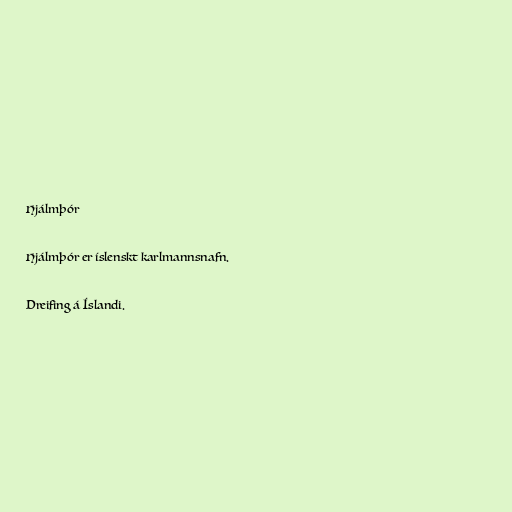
Hjálmþór

Hjálmþór er íslenskt karlmannsnafn.

Dreifing á Íslandi.